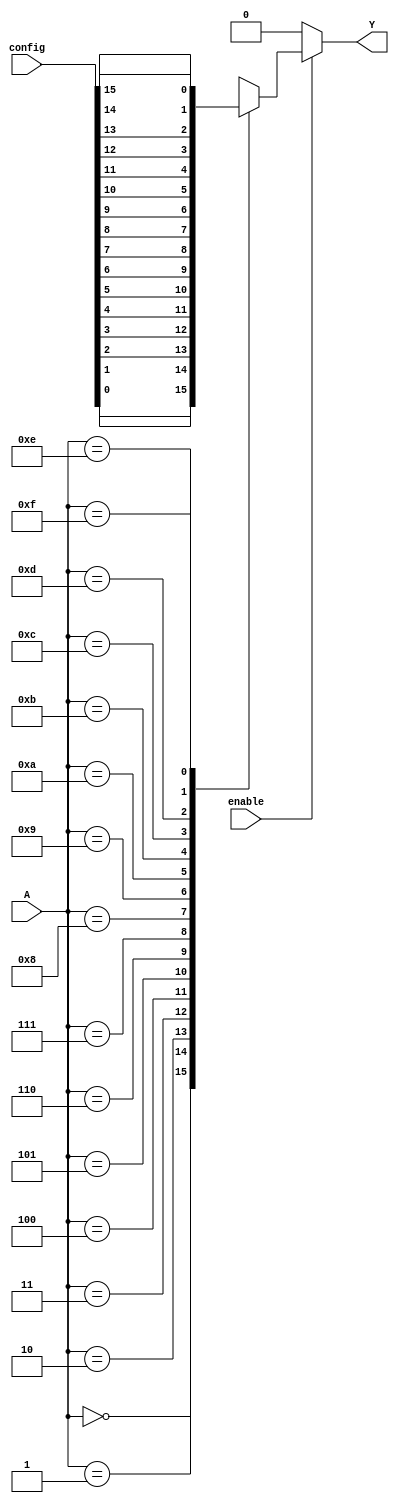
module CLB #(
    parameter NUM_INPUTS = 4,  // Number of inputs (2 to 4)
    parameter LUT_SIZE = 16     // Size of the LUT (2^NUM_INPUTS)
)(
    input wire [NUM_INPUTS-1:0] A,  // Input signals
    input wire [LUT_SIZE-1:0] config, // Configuration bits for LUT
    input wire enable,                // Control signal to enable/disable the CLB
    output reg Y                     // Output signal
);

    // Combinational logic based on the configuration
    always @(*) begin
        if (enable) begin
            // Use inputs to index into the LUT
            case (A)
                0: Y = config[0];
                1: Y = config[1];
                2: Y = config[2];
                3: Y = config[3];
                4: Y = config[4];
                5: Y = config[5];
                6: Y = config[6];
                7: Y = config[7];
                8: Y = config[8];
                9: Y = config[9];
                10: Y = config[10];
                11: Y = config[11];
                12: Y = config[12];
                13: Y = config[13];
                14: Y = config[14];
                15: Y = config[15];
                default: Y = 1'b0; // Default case
            endcase
        end else begin
            Y = 1'b0; // If not enabled, output is zero
        end
    end

endmodule